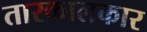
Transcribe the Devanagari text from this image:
तारकालकार